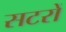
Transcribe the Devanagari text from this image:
सटरों